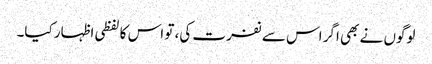
لوگوں نے بھی اگر اس سے نفرت کی، تو اس کا لفظی اظہار کیا۔